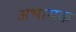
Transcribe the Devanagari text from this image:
अभासक